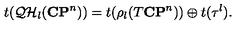
t ( { \cal Q H } _ { l } ( { \bf C P } ^ { n } ) ) = t ( \rho _ { l } ( T { \bf C P } ^ { n } ) ) \oplus t ( { \tau ^ { l } } ) .